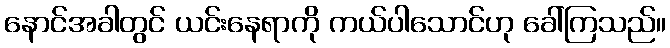
နောင်အခါတွင် ယင်းနေရာကို ကယ်ပါသောင်ဟု ခေါ်ကြသည်။